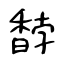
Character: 馞